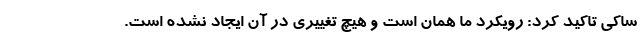
ساکی تاکید کرد: رویکرد ما همان است و هیچ تغییری در آن ایجاد نشده است.